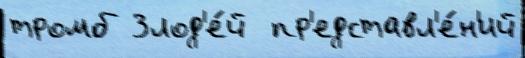
тромб Злод'е́й  пр'едставл'е́н'ий